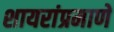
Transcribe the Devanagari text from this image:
शायरांप्रमाणे